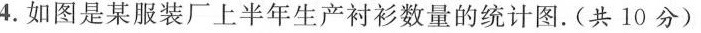
4.如图是某服装厂上半年生产衬衫数量的统计图。(共10分)